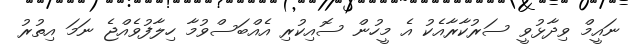
ނައީމް ވިދާޅުވީ ސަރުކާރާއެކު އެ މީހުން ސޮއިކުރި އެއްބަސްވުމާ ހިލާފުވެއްޖެ ނަމަ އިތުރު